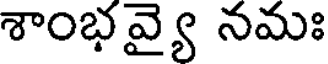
శాంభవ్యై నమః